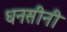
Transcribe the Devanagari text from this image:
धनसीनी